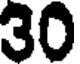
30